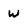
Character: W